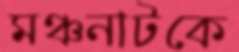
মঞ্চনাটকে